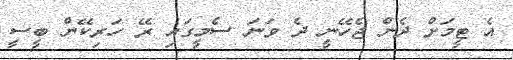
އެ ޓީމަށް ދެން ޖެހޭނީ ދެ ވަނަ ސެމީގައި ރޭ ހަރިކޭން ބީސީ